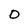
Character: 0